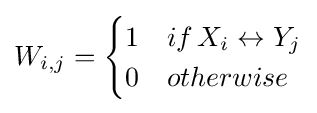
W_{i,j}={\begin{cases}1&if\,X_{i}\leftrightarrow Y_{j}\\0&otherwise\end{cases}}